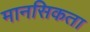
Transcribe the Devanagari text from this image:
मानसिकता